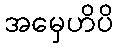
အမှေဟိပိ